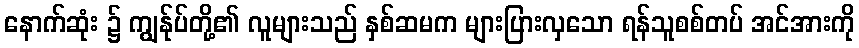
နောက်ဆုံး ၌ ကျွန်ုပ်တို့၏ လူများသည် နှစ်ဆမက များပြားလှသော ရန်သူစစ်တပ် အင်အားကို